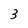
Character: 3